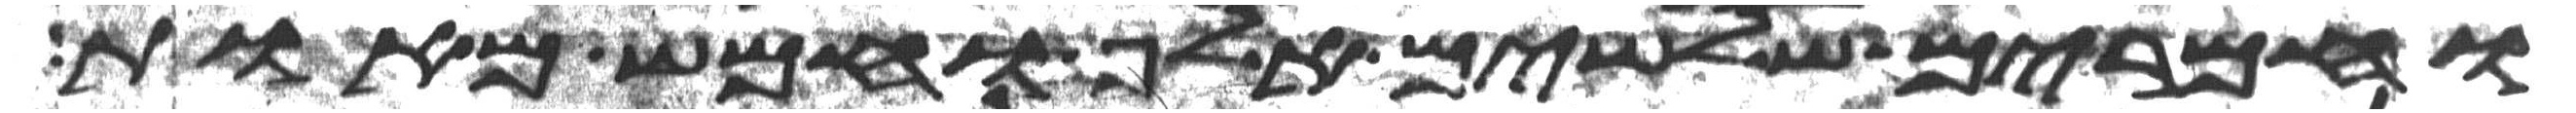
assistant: וחמרים שלשים אלף וחמש מאות